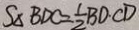
S _ { \Delta B D C } = \frac { 1 } { 2 } B D \cdot C D